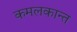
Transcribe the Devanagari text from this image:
कमलकान्त